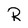
Character: R